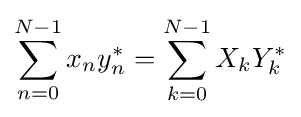
\sum _{n=0}^{N-1}x_{n}y_{n}^{*}=\sum _{k=0}^{N-1}X_{k}Y_{k}^{*}